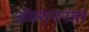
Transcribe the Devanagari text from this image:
अॅक्शननंतर